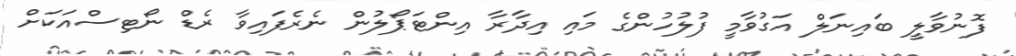
ފޮނުވާލީ ބައިނަލް އަގުވާމީ ފުލުހުންގެ މައި އިދާރާ އިންޓަޕޯލުން ނެރެފައިވާ ރެޑް ނޯޓިސްއަކަށް